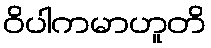
ဝိပါကမာဟူတိ